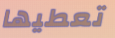
تعطيها